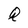
Character: Q